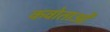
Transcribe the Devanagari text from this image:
कवोताओं